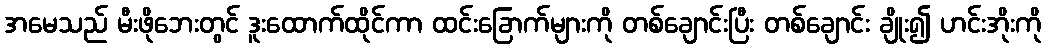
အမေသည် မီးဖိုဘေးတွင် ဒူးထောက်ထိုင်ကာ ထင်းခြောက်များကို တစ်ချောင်းပြီး တစ်ချောင်း ချိုး၍ ဟင်းအိုးကို